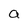
Character: a